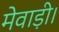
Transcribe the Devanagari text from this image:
मेवाड़ी।